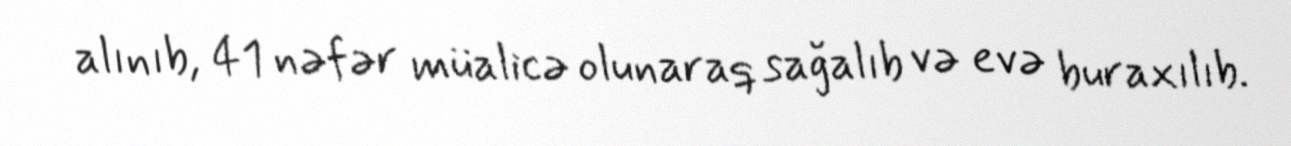
alınıb, 41 nəfər müalicə olunaraq sağalıb və evə buraxılıb.